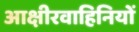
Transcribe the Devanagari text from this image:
आक्षीरवाहिनियों